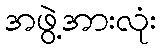
အဖွဲ့အားလုံး